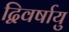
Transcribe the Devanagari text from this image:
द्विवर्षायु